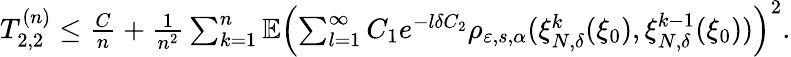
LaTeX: \begin{array}{r}{T_{2,2}^{(n)}\leq\frac{C}{n}+\frac{1}{n^{2}}\sum_{k=1}^{n}\mathbb{E}\left(\sum_{l=1}^{\infty}C_{1}e^{-l\delta C_{2}}\rho_{\varepsilon,s,\alpha}(\xi_{N,\delta}^{k}(\xi_{0}),\xi_{N,\delta}^{k-1}(\xi_{0}))\right)^{2}.}\end{array}